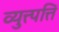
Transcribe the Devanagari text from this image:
व्युत्त्पत्ति